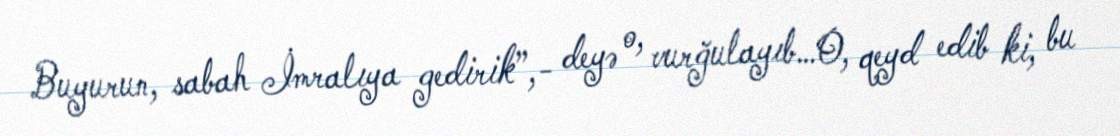
Buyurun, sabah İmralıya gedirik”,- deyə o, vurğulayıb…O, qeyd edib ki, bu